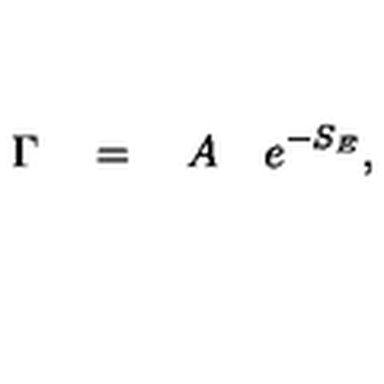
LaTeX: \Gamma \quad = \quad A \quad e ^ { - S _ { E } } ,